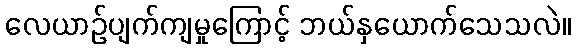
လေယာဉ်ပျက်ကျမှုကြောင့် ဘယ်နှယောက်သေသလဲ။